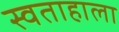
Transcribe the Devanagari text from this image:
स्वताहाला